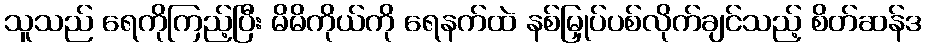
သူသည် ရေကိုကြည့်ပြီး မိမိကိုယ်ကို ရေနက်ထဲ နစ်မြှုပ်ပစ်လိုက်ချင်သည့် စိတ်ဆန်ဒ